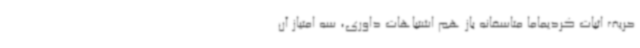
حریف اثبات کردیماما متاسفانه باز هم اشتباهات داوری، سه امتیاز آن